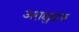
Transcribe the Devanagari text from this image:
अग्रक्षुदांत्र